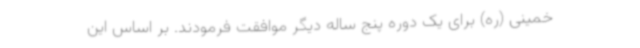
خمینی (ره) برای یک دوره پنج ساله دیگر موافقت فرمودند. بر اساس این